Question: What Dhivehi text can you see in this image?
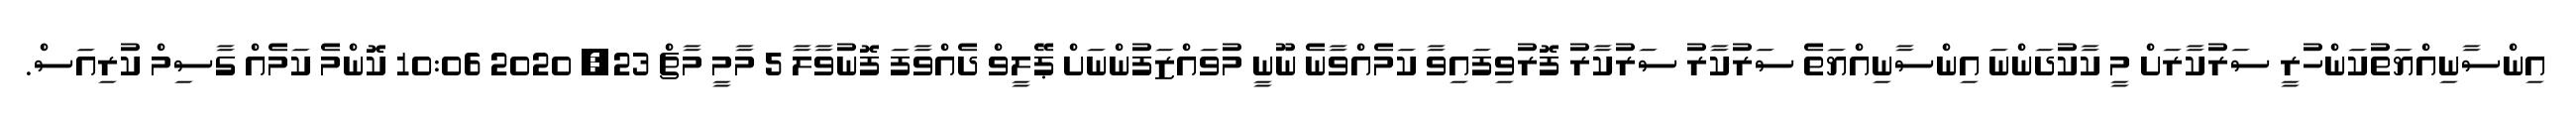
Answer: އިންސާނިއްޔަތުކަންހުރީ ސަރުކާރަށް މީ ކާކުދަންނަ އިންސާނިއްޔަތެ ސަރުކާރު ސަރުކާރު ފޮރުވިފައިވާ ކަމެއްވާނެ ނޫނީ މުވައްޒަފުންނަށް ޕޭލީވް ދެއްވާފަ ފޮނުވާލާ 5 މާމީ މާޗް 23, 2020 10:06 ކޮންމެ ކަމެއް ގާސިމް ކުރިއަސް.